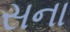
સના